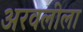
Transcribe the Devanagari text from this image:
अरवलीला